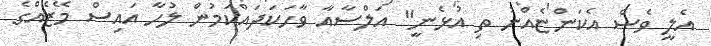
އެލީ ވެސް އެކަންޏެއްނު ތި އުޅެނީ" އަލްސާއާ ވާހަކަދައްކަމުން ލުހާ އައިސް މޭޒެއްގެ